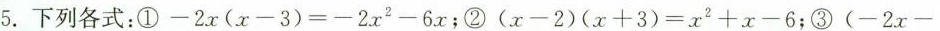
5.下列各式:① $$-2x(x-3)=-2x^{2}-6x$$;②$$(x-2)(x+3)=x^{2}+x-6$$;③$$(-2x-$$